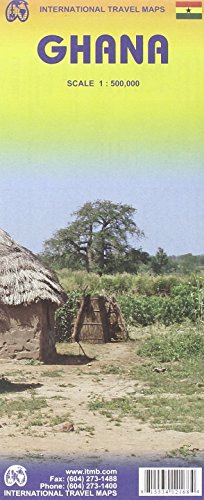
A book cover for Ghana 1:500,000 Travel Map (International Travel Maps); ITM Canada; Travel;